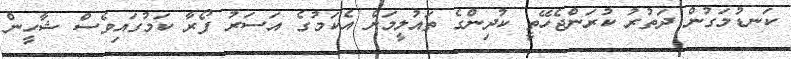
ކަނޑުމަގުން ދަތުރު ކުރަންޖެހޭތީ ކުދިންގެ ތައުލީމަށް އެކަމުގެ އަސަރު ފޯރާ ކަމުގައިވެސް ޝާހީން